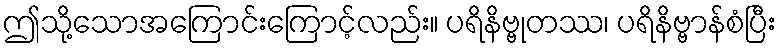
ဤသို့သောအကြောင်းကြောင့်လည်း။ ပရိနိဗ္ဗုတဿ၊ ပရိနိဗ္ဗာန်စံပြီး